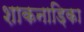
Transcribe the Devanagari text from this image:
शाकनाड़िका